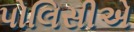
પોલિસીએ